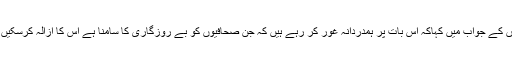
وزیراعظم نے نیوز پیپر انڈسٹری کو درپیش بحران کے بارے میں سوالوں کے جواب میں کہاکہ اس بات پر ہمدردانہ غور کر رہے ہیں کہ جن صحافیوں کو بے روزگاری کا سامنا ہے اس کا ازالہ کرسکیں کیونکہ وہ چاہتے ہیں کہ بے روزگار صحافیوں کو تنخواہیں ملنی چاہئیں۔